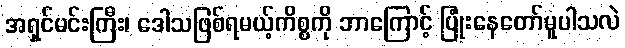
အရှင်မင်းကြီး၊ ဒေါသဖြစ်ရမယ့်ကိစ္စကို ဘာကြောင့် ပြုံးနေတော်မူပါသလဲ